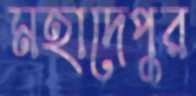
মহাদেপুর